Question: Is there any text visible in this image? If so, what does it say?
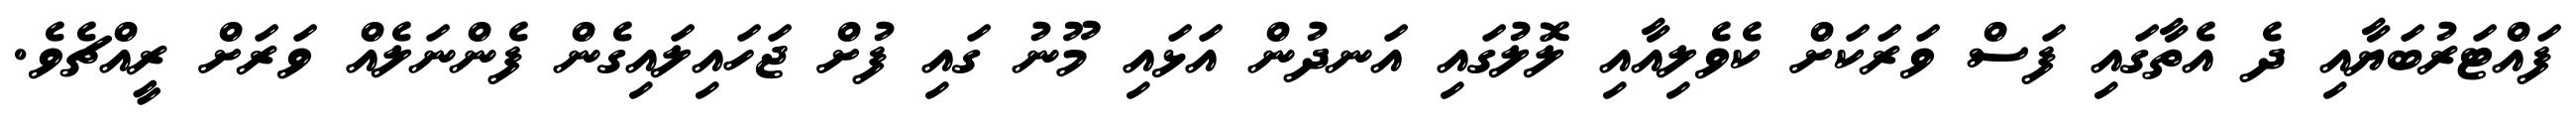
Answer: ފައްޓަރުބަޔާއި ދެ އެތާގައި ފަސް ވަރަކަށް ކެވެލިއާއި ލޮލުގައި އަނދުން އަޅައި މޫނު ގައި ފުށް ޖަހައިލައިގެން ފެންނަލެއް ވަރަށް ރީއްޗެވެ.